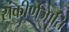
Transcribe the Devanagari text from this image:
संकीर्णजाति